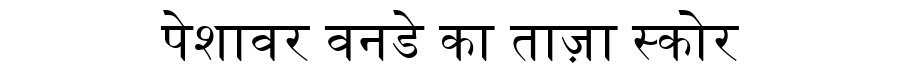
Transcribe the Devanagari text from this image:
पेशावर वनडे का ताज़ा स्कोर